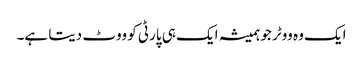
ایک وہ ووٹر جو ہمیشہ ایک ہی پارٹی کو ووٹ دیتا ہے۔